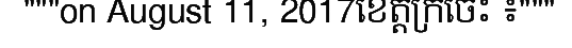
"""on August 11, 2017ខេត្តក្រចេះ ៖"""